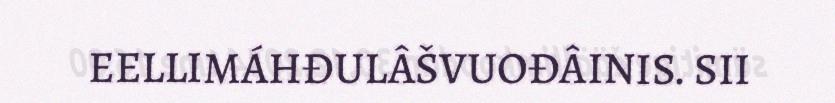
EELLIMÁHĐULÂŠVUOĐÂINIS. SII